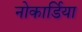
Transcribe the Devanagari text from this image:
नोकार्डिया